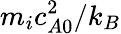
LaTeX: m_{i}c_{A0}^{2}/k_{B}